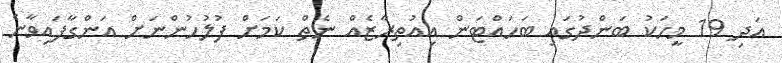
އަދި 19 މީހަކު ބަންދުގައި ބަހައްޓަން އިއުތިރާޒެއް ނެތް ކަމަށް ފުލުހުންނަށް އަންގާފައިވާނެ